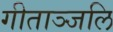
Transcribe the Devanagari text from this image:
गीताञ्जलि